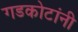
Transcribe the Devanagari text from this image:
गडकोटांनी